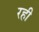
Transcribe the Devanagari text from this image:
रही